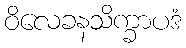
ဝိလေခနသိက္ခာပဒံ